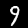
Label: 9